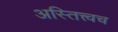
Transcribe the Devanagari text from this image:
अस्तित्त्वच